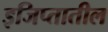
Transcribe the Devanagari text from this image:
इजिप्तातील